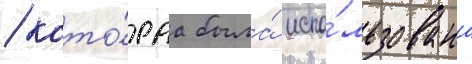
/ кото́раа была́ испо́льзована